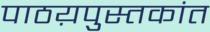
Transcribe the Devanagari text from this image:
पाठय़पुस्तकांत